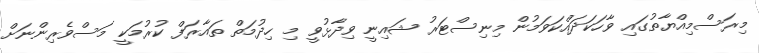
މިރަސްމިއްޔާތުގައި ވާހަކަދައްކަވަމުން މިނިސްޓަރު ޝައިނީ ވިދާޅުވީ މި ހިދުމަތް ތައާރަފް ކުރުމަކީ މަސްވެރިންނަށް